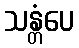
သန္တံပေ